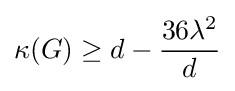
\kappa (G)\geq d-{\frac {36\lambda ^{2}}{d}}